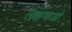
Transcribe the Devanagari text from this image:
लक्षणओ